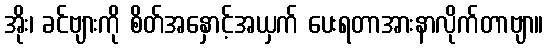
အိုး၊ ခင်ဗျားကို စိတ်အနှောင့်အယှက် ပေးရတာအားနာလိုက်တာဗျာ။